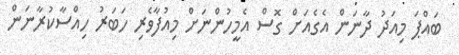
ބައްޕަ މިއަދު ދާނަން އެގެއަށް ގޮސް އެމީހުންނަށް މިއުފާވެރި ހަބަރު ހިއްސާކުރާނަން